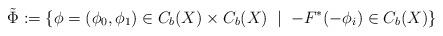
LaTeX: \begin{align*} \tilde\Phi := \{\phi = (\phi_0,\phi_1) \in C_b(X) \times C_b(X)\;\mid\; -F^*(-\phi_i) \in C_b(X)\}\end{align*}